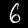
Digit: 6